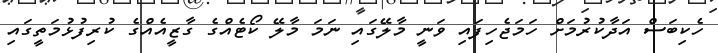
ހެކިބަސް އަދާކުރުމަށް ހަމަޖެހިފައި ވަނީ މާލޭގައި ނަމަ މާލޭ ކޯޓެއްގެ ގާޒީއެއްގެ ކުރިފުޅުމަތީގައި